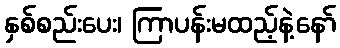
နှစ်စည်းပေး၊ ကြာပန်းမထည့်နဲ့နော်